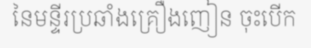
នៃមន្ទីរប្រឆាំងគ្រឿងញៀន ចុះបើក